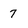
Character: 7